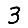
Digit: 3